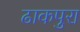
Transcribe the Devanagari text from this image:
ढाकपुरा